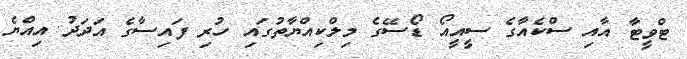
ޓްވީޓާ އާއި ސްކެއާގެ ސީއީއޯ ޑޯސޭގެ މިލްކިއްޔާތުގައި ހުރި ފައިސާގެ އަދަދު އިއްޔެ